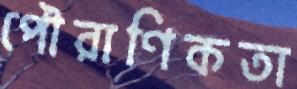
পৌরাণিকতা